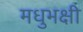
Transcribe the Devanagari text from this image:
मधुभक्षी